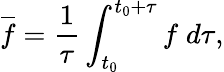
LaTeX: \overline{{f}}=\frac{1}{\tau}\int_{t_{0}}^{t_{0}+\tau}f\; d\tau,